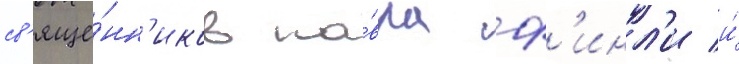
св'яще́нн'иков па́вла ф'инл'и и́